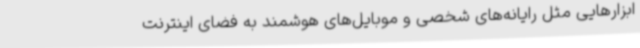
ابزارهایی مثل رایانه‌های شخصی و موبایل‌های هوشمند به فضای اینترنت